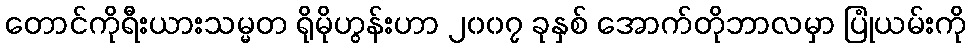
တောင်ကိုရီးယားသမ္မတ ရိုမိုဟွန်းဟာ ၂၀၀၇ ခုနှစ် အောက်တိုဘာလမှာ ပြုံယမ်းကို